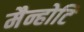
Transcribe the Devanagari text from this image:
मैन्होटि